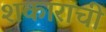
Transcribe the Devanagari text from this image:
शकाराची